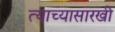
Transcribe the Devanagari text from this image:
त्याच्यासारखी